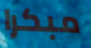
مبكرا